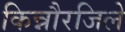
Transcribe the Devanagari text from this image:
किन्नौरजिले